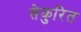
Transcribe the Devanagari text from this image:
सेकुरित